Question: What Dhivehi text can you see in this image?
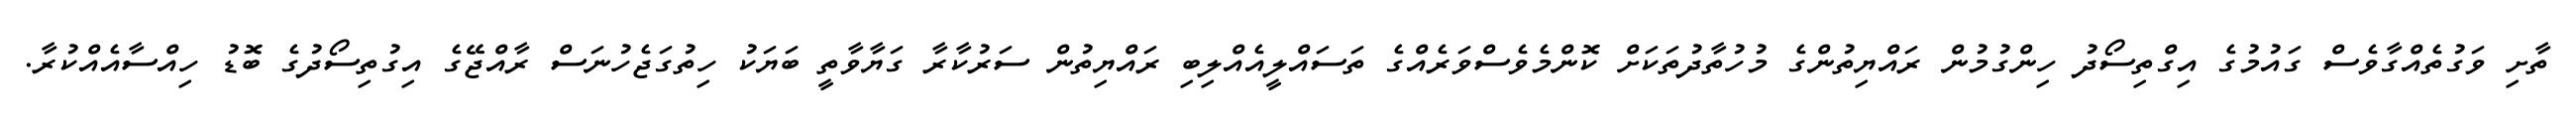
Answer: ތާށި ވަގުތެއްގާވެސް ގައުމުގެ އިގްތިސޯދު ހިންގުމުން ރައްޔިތުންގެ މުހުތާދުތަކަށް ކޮންމެވެސްވަރެއްގެ ތަސައްލީއެއްލިބި ރައްޔިތުން ސަރުކާރާ ގަޔާވާތީ ބަޔަކު ހިތުގަޖެހުނަސް ރާއްޖޭގެ އިގުތިސޯދުގެ ބޮޑު ހިއްސާއެއްކުރާ.